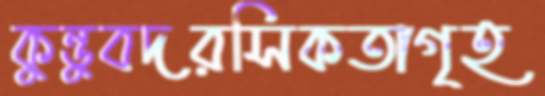
কুন্ডুবদরসিকতাগৃহ